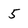
Character: 5